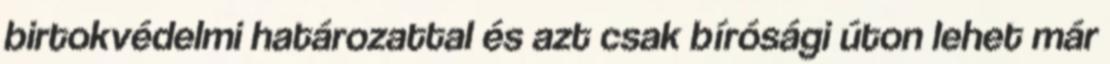
birtokvédelmi határozattal és azt csak bírósági úton lehet már